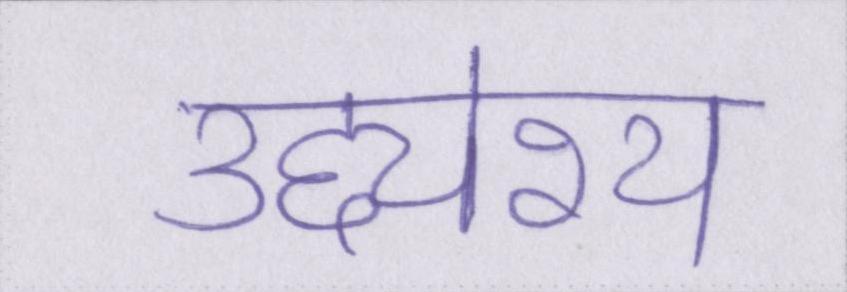
उद्द्येश्य